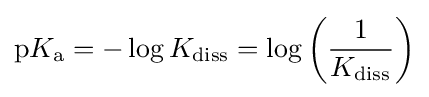
\mathrm {p} K_{\mathrm {a} }=-\log K_{\mathrm {diss} }=\log \left({\frac {1}{K_{\mathrm {diss} }}}\right)